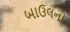
બાઉલનો